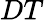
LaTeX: DT